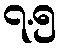
၇.၅